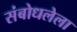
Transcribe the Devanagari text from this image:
संबोधलेला